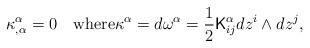
LaTeX: \begin{align*}\kappa^\alpha_{,\alpha}=0\quad\hbox{where}\kappa^\alpha=d\omega^\alpha=\frac{1}{2}{\sf K}^\alpha_{ij}dz^i\wedge dz^j, \end{align*}